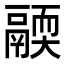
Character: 𩱄